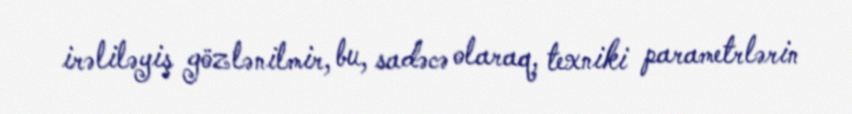
irəliləyiş gözlənilmir, bu, sadəcə olaraq, texniki parametrlərin